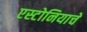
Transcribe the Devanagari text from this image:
एस्टोनियाचे